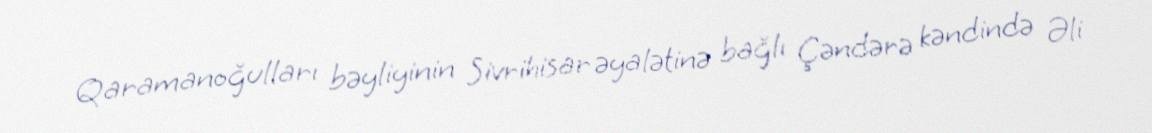
Qaramanoğulları bəyliyinin Sivrihisar əyalətinə bağlı Çəndərə kəndində Əli